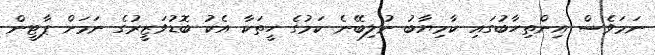
ނަމަވެސް އިންތިހާބުގައި ކާމިޔާބު ނުލިބޭނެ ކަމުގެ ހީތަކާ އެކު ބޮޑުވަޒީރުގެ ނަމަށް ޕާޓީން